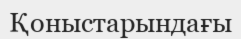
Қоныстарындағы